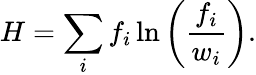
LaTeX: H=\sum_{i}f_{i}\ln\left(\frac{f_{i}}{w_{i}}\right).